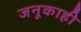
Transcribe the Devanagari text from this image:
जनूकाही